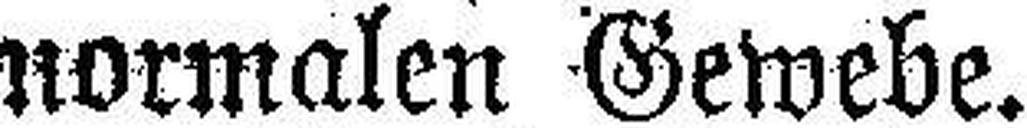
normalen Gewebe.